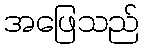
အဖြေသည်